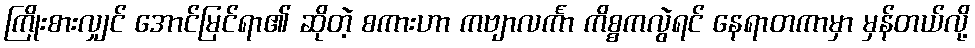
ကြိုးစားလျှင် အောင်မြင်ရာ၏ ဆိုတဲ့ စကားဟာ ကဗျာလင်္ကာ ကိစ္စကလွဲရင် နေရာတကာမှာ မှန်တယ်လို့